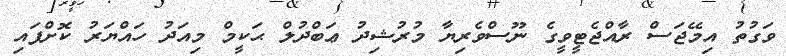
ވަގުތު އިމޭޖަސް ރާއްޖެޓީވީގެ ނޫސްވެރިޔާ މުރުޝިދު ޢަބްދުލް ޙަކީމް މިއަދު ހައްޔަރު ކޮށްފައި